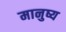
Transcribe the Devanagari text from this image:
मानुष्य